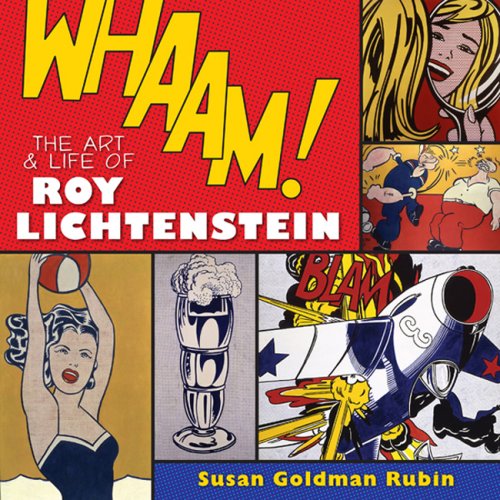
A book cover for Whaam! The Art and Life of Roy Lichtenstein; Susan Goldman Rubin; Children's Books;